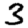
Digit: 3